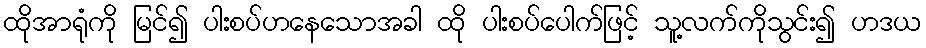
ထိုအာရုံကို မြင်၍ ပါးစပ်ဟနေသောအခါ ထို ပါးစပ်ပေါက်ဖြင့် သူ့လက်ကိုသွင်း၍ ဟဒယ